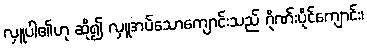
လှူပါ၏ဟု ဆို၍ လှူအပ်သောကျောင်းသည် ဂိုဏ်းပိုင်ကျောင်း၊